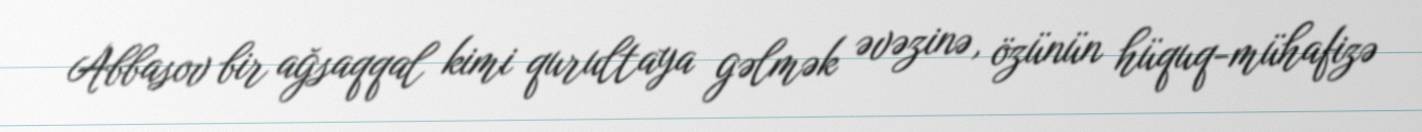
Abbasov bir ağsaqqal kimi qurultaya gəlmək əvəzinə, özünün hüquq-mühafizə